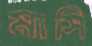
মাসি